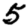
Digit: 5